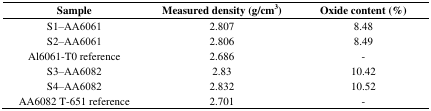
<table><thead><tr><td><b>Sample</b></td><td><b>Measured density (g/cm<sup>3</sup>)</b></td><td><b>Oxide content (%)</b></td></tr></thead><tbody><tr><td>S1–ΑΑ6061</td><td>2.807</td><td>8.48</td></tr><tr><td>S2–ΑΑ6061</td><td>2.806</td><td>8.49</td></tr><tr><td>Al6061-T0 reference</td><td>2.686</td><td>-</td></tr><tr><td>S3–ΑΑ6082</td><td>2.83</td><td>10.42</td></tr><tr><td>S4–ΑΑ6082</td><td>2.832</td><td>10.52</td></tr><tr><td>AA6082 T-651 reference</td><td>2.701</td><td>-</td></tr></tbody></table>